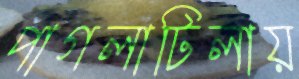
পাগলাটিলায়